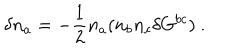
\delta n _ { a } = - \frac { 1 } { 2 } n _ { a } ( n _ { b } n _ { c } \delta G ^ { b c } ) ~ .